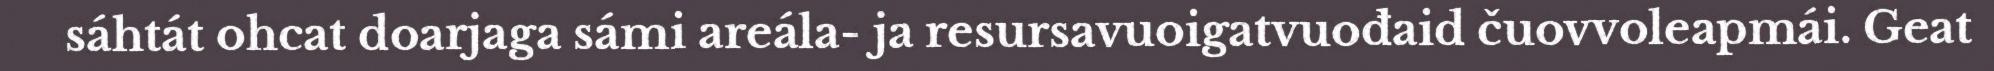
sáhtát ohcat doarjaga sámi areála- ja resursavuoigatvuođaid čuovvoleapmái. Geat